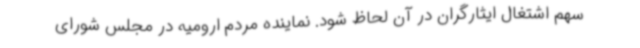
سهم اشتغال ایثارگران در آن لحاظ شود. نماینده مردم ارومیه در مجلس شورای